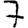
Digit: 7